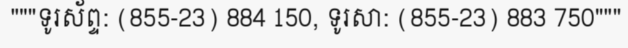
"""ទូរស័ព្ទ: (855-23) 884 150, ទូរសា: (855-23) 883 750"""